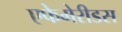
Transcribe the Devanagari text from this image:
एफेमेरीडस